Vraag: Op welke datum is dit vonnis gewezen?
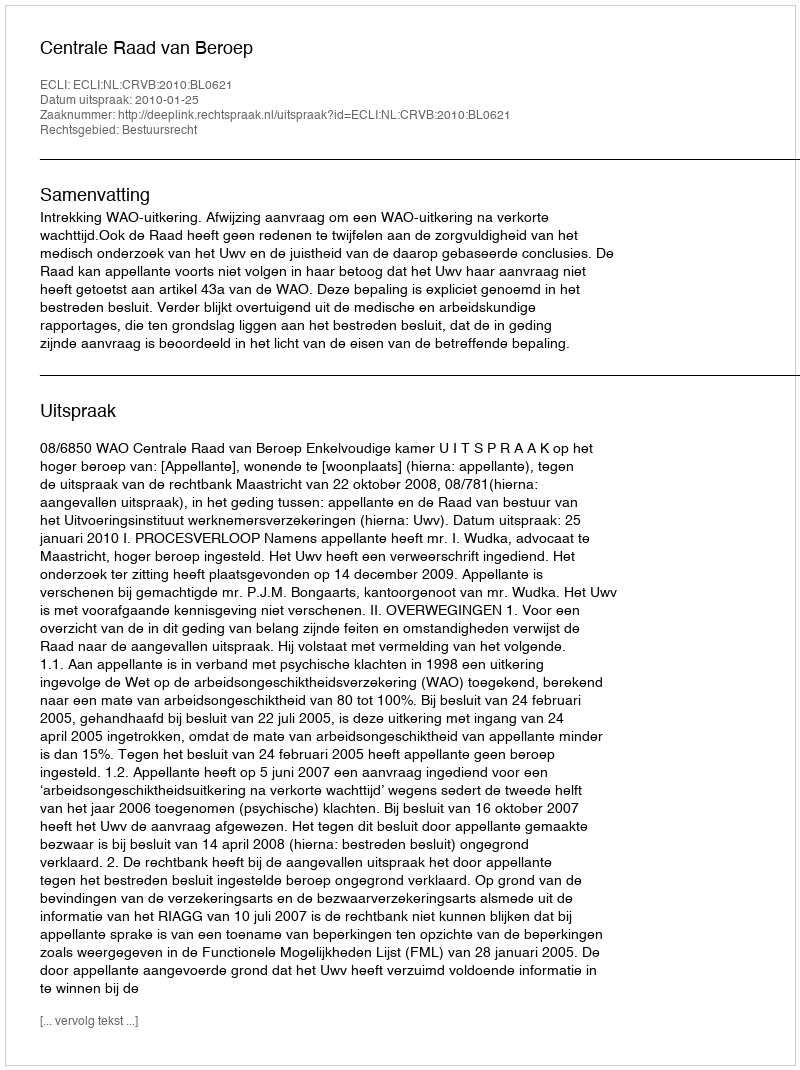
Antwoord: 2010-01-25